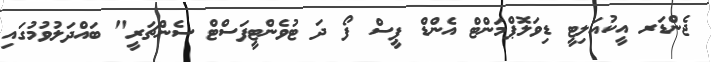
ޖެންޑަރ އީކުއަލިޓީ ޑިވަލޮޕްމަންޓް އެންޑް ޕީސް ފޯ ދަ ޓުވެންޓީފަސްޓް ސެންޗަރީ" ބައްދަލުވުމުގައި